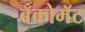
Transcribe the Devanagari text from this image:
बँकोमॅट